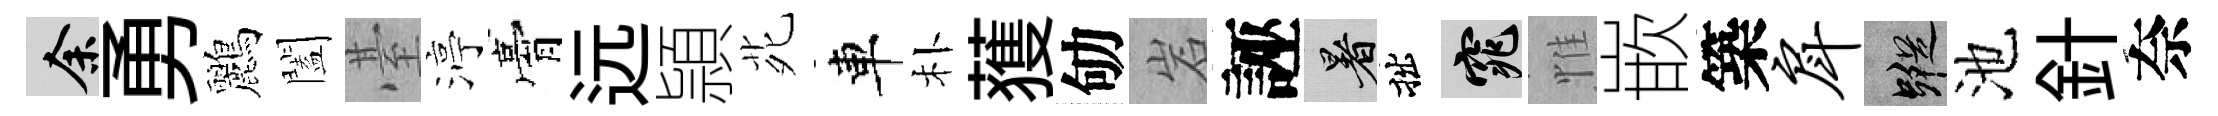
余勇鸝闔䑓渟膏远頴𫟍車朴𫉬劬岩誣暑拙窕惟嵌築戽蹤池針奈